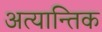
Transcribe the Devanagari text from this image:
अत्यान्तिक